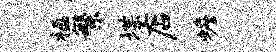
楹繁堞店蟾